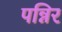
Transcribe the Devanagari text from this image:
पन्निर